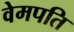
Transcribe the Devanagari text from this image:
वेमपति